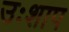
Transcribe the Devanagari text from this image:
उःशाप